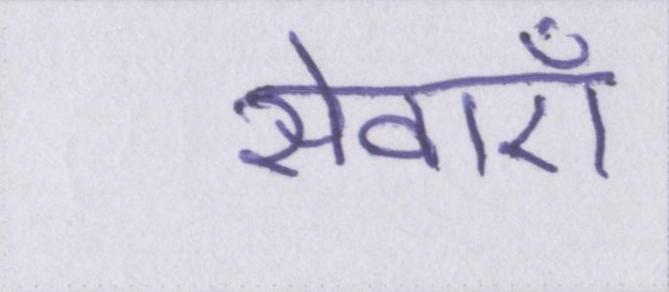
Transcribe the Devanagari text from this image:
सेवाऍं